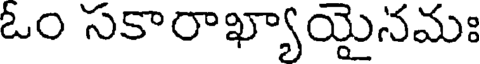
ఓం సకారాఖ్యాయైనమః